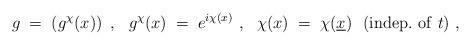
LaTeX: \begin{align*}g\;=\;\left( g^\chi (x)\right)~,~~g^\chi (x)\;=\;e^{i\chi (x)}~,~~\chi (x)\;=\; \chi (\underline{x})~~({\rm indep.~of~} t)~,\end{align*}